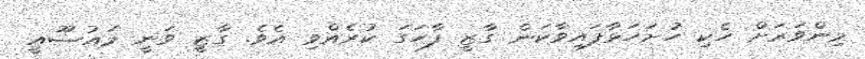
މިންވަރަށް ހެކި ހުށަހަޅާފައިވާކަން ގާޒީ ފާހަގަ ކުރެއްވި އެވެ. ގާޒީ ވަނީ މައުޟޫއީ